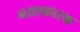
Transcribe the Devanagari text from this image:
नाशकारक